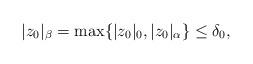
LaTeX: \begin{align*}|z_0|_{\beta}=\max\{ |z_0|_0,|z_0|_{\alpha} \}\leq \delta_0,\end{align*}